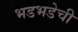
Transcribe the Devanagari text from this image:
भडभडेची